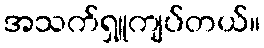
အသက်ရှူကျပ်တယ်။